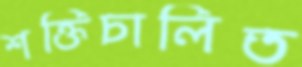
শক্তিচালিত